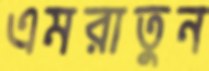
এমরাতুন